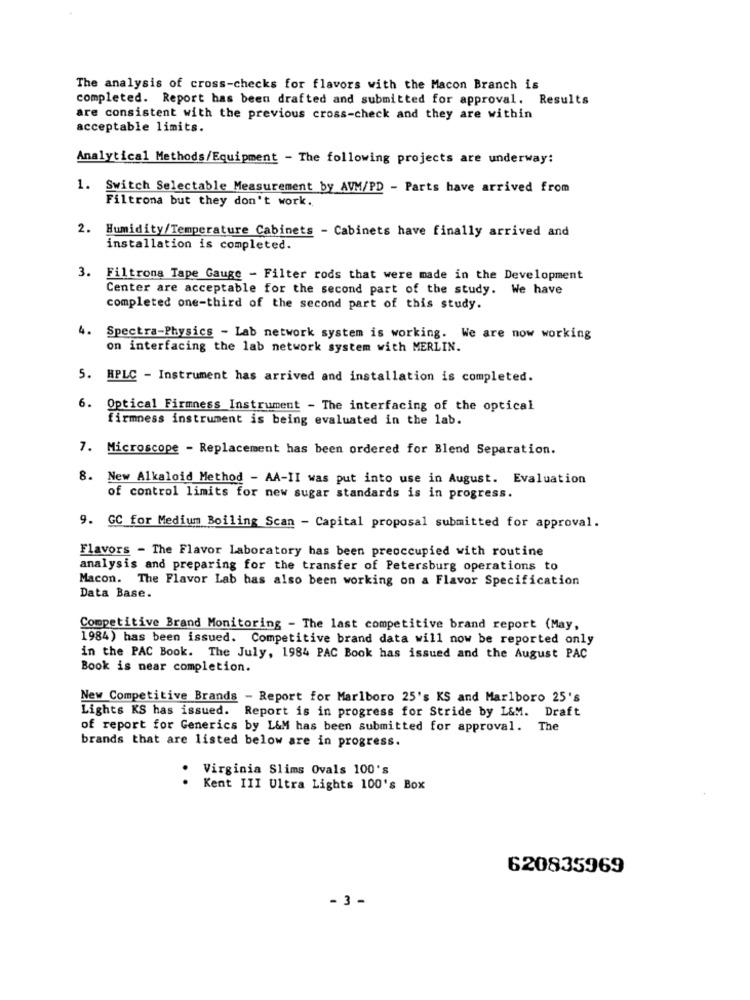
The analysis of cross-checks for flavors with the Macon Branch is
completed. Report has been drafted and submitted for approval. Results
are consistent with the previous cross-check and they are within
acceptable limits.
Analytical Methods/Equipment - The following projects are underway:
1. Switch Selectable Measurement by AVM/PD - Parts have arrived from
Filtrona but they don't work.
2. Humidity/Temperature Cabinets - Cabinets have finally arrived and
installation is completed.
3. Filtrona Tape Gauge - Filter rods that were made in the Development
Center are acceptable for the second part of the study. We have
completed one-third of the second part of this study.
4. Spectra-Physics - Lab network system is working. We are now working
on interfacing the lab network system with MERLIN.
5. HPLC - Instrument has arrived and installation is completed.
6. Optical Firmness Instrument - The interfacing of the optical
firmness instrument is being evaluated in the lab.
7. Microscope - Replacement has been ordered for Blend Separation.
8. New Alkaloid Method - AA-II was put into use in August. Evaluation
of control limits for new sugar standards is in progress.
9. GC for Medium Boiling Scan - Capital proposal submitted for approval.
Flavors - The Flavor Laboratory has been preoccupied with routine
analysis and preparing for the transfer of Petersburg operations to
Macon. The Flavor Lab has also been working on a Flavor Specification
Data Base.
Competitive Brand Monitoring - The last competitive brand report (May,
1984) has been issued. Competitive brand data will now be reported only
in the PAC Book. The July, 1984 PAC Book has issued and the August PAC
Book is near completion.
New Competitive Brands - Report for Marlboro 25's KS and Marlboro 25's
Lights KS has issued. Report is in progress for Stride by L&M. Draft
of report for Generics by L&M has been submitted for approval. The
brands that are listed below are in progress.
Virginia Slims Ovals 100's
.
Kent III Ultra Lights 100's Box
620835969
- 3 -